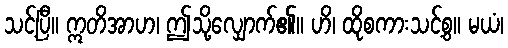
သင့်ပြီ။ ဣတိအာဟ၊ ဤသို့လျှောက်၏။ ဟိ၊ ထိုစကားသင့်စွ။ မယံ၊